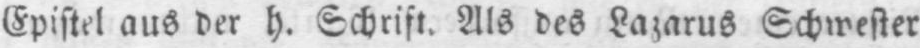
Epistel aus der h. Schrift. Als des Lazarus Schwester